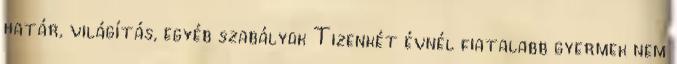
határ, világítás, egyéb szabályok Tizenkét évnél fiatalabb gyermek nem